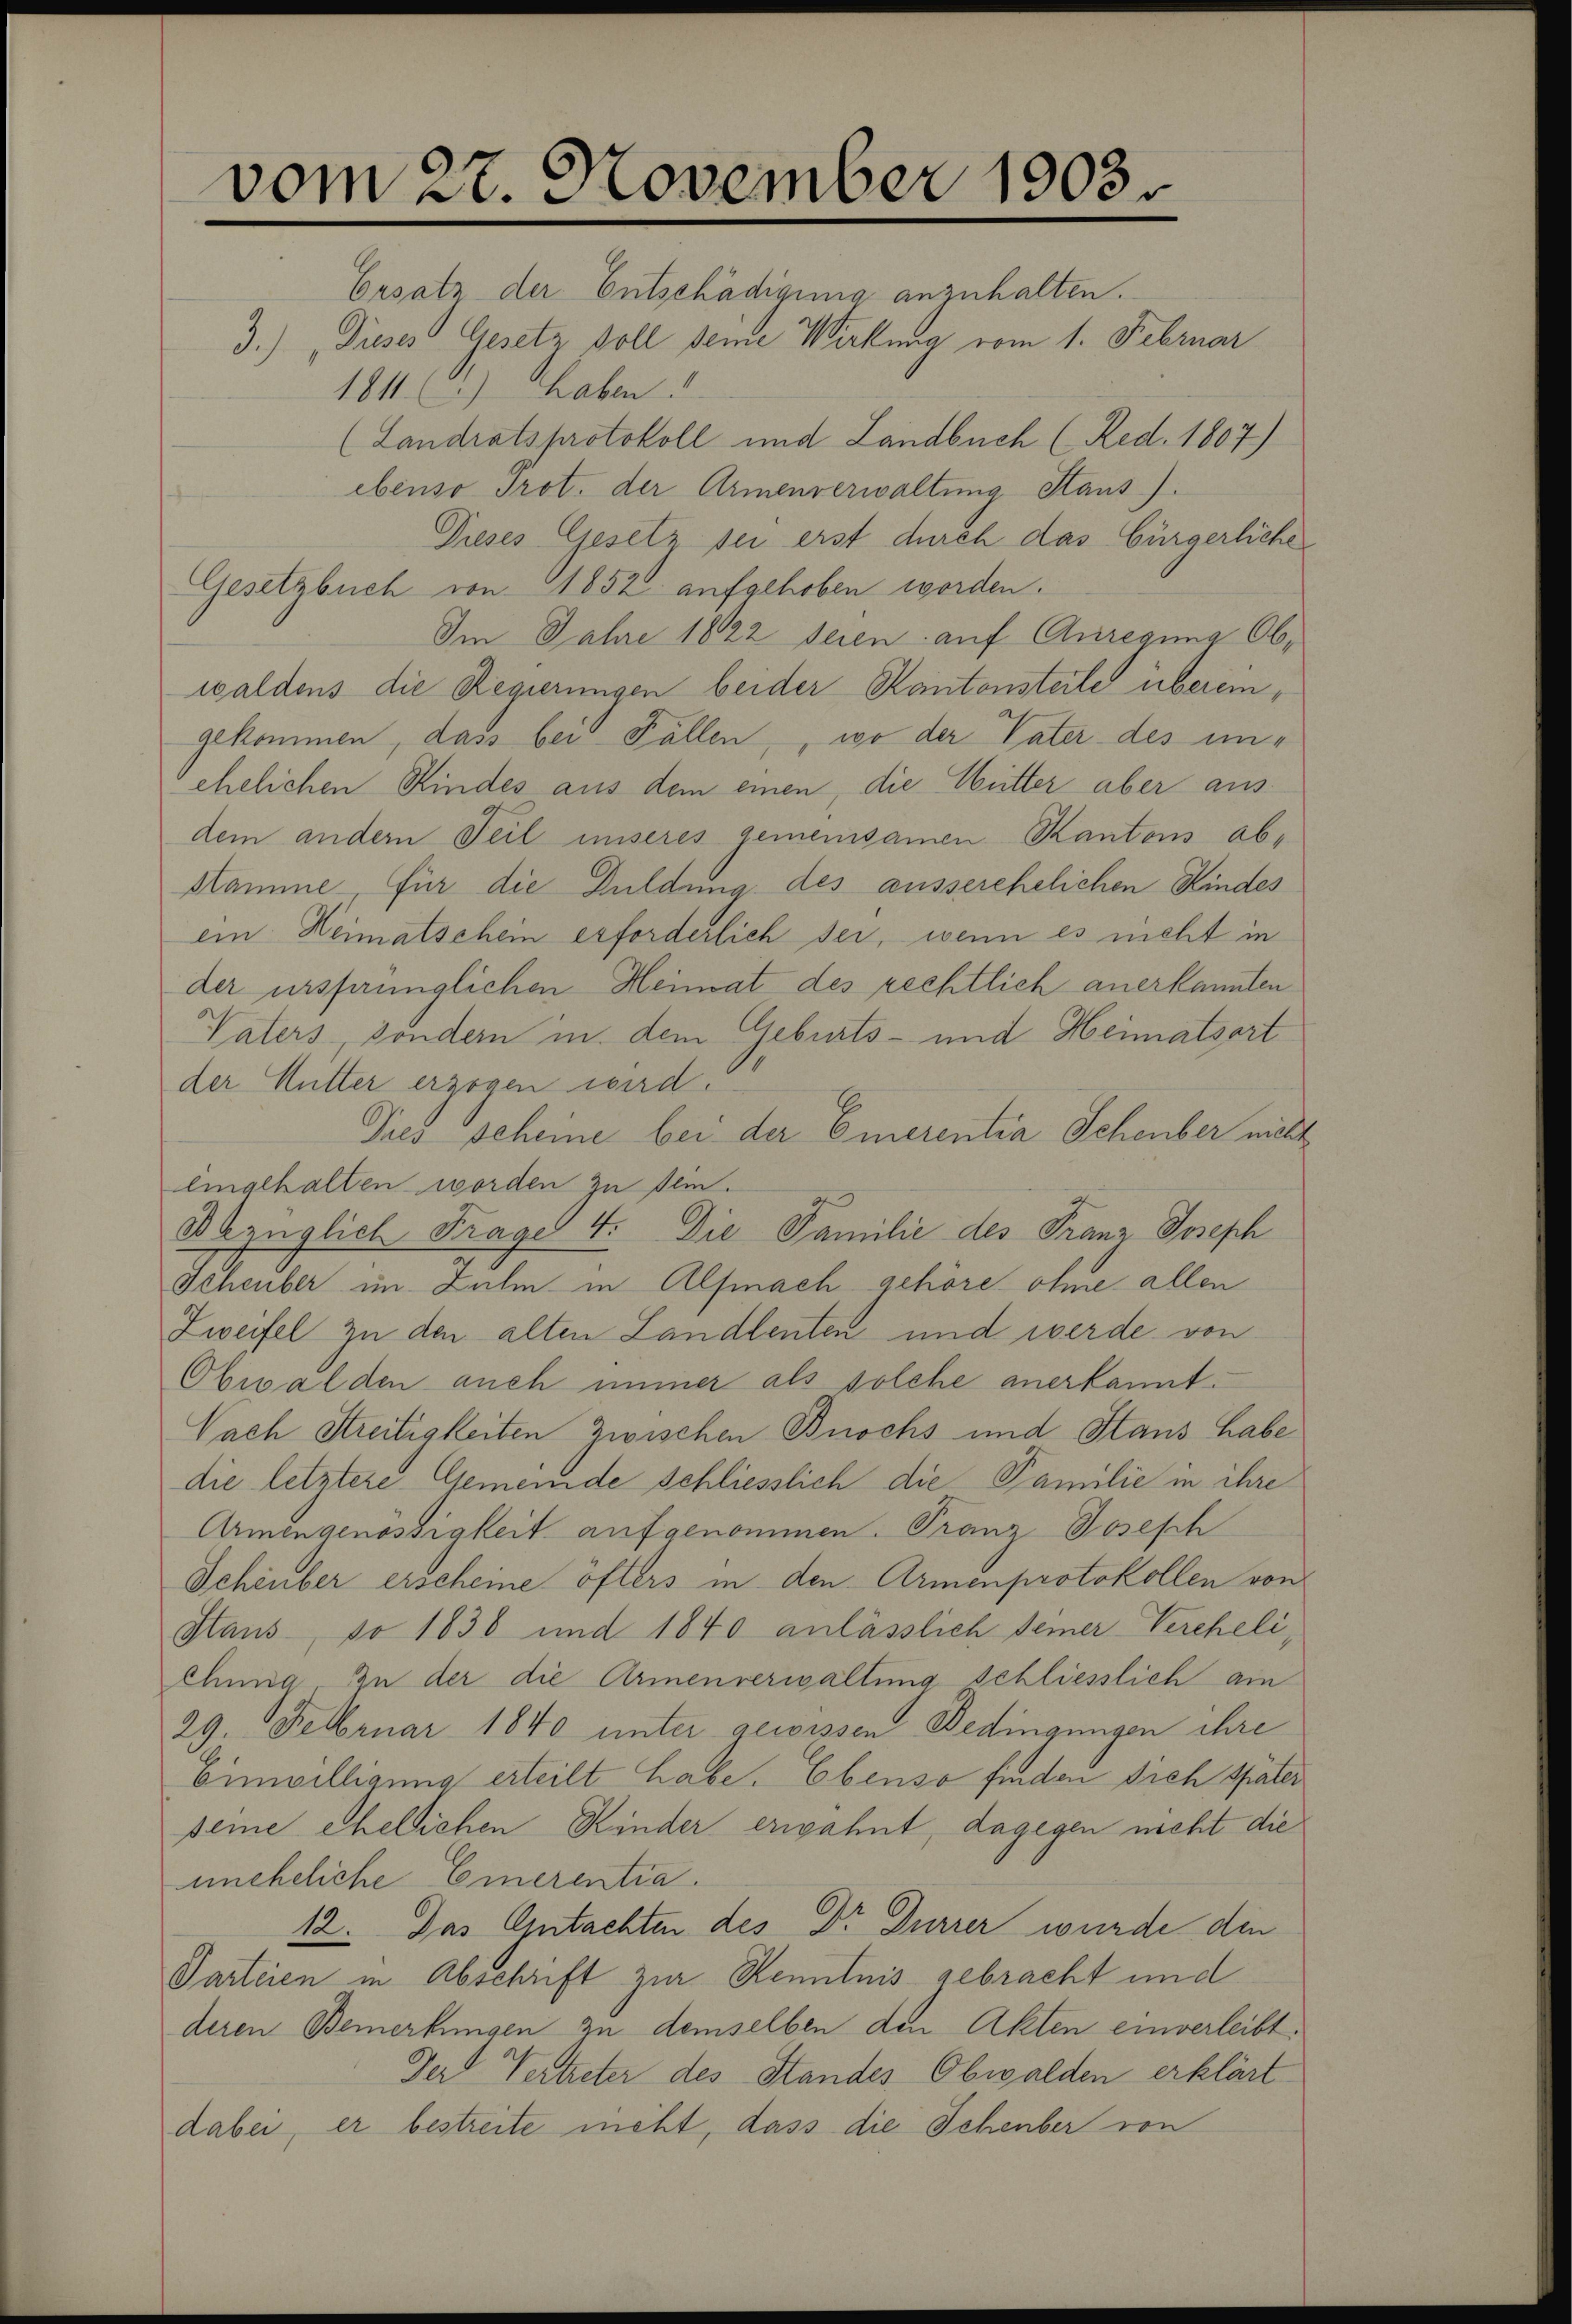
vom 27. November 1903

Ersatz der Entschädigung anzuhalten.
3.) Dieses Gesetz soll seine Wirkung vom 1. Februar
1811. (2.) Haben.
(Landratsprotokoll und Landbuch (Red. 1807)
ebenso Prot. der Armenverwaltung Staus).
Dieses Gesetz sei erst durch das bürgerliche
Gesetzbuch von 1852 aufgehoben worden.
Im Jahre 1822 seien auf Anregung Obwaldens die Regierungen beider Kantonsteile übereingekommen, dass bei Fällen, wo der Vater des unehelichen Kindes aus dem einen, die Mutter aber ausdem andern Teil unseres gemeinsamen Kantons ab¬
Stamme, für die Duldung des ausserehelichen Kindes
ein Heimatschein erforderlich sei, wenn es nicht in
der ursprünglichen Heimat des rechtlich anerkannten
Vaters, sondern in dem Geburts- und Heimatsort
der Mutter erzogen wird.
Jues scheine bei der Emerentia Schenber nicht
lingehalten worden zu sein.
Abzüglich Frage 4. Die Familie des Franz Joseph
Scheuber im Zuhm in Alfmach gehöre ohne allen
Zweifel zu den alten Landlenten und werde von
Obwalden auch immer als solche anerkannt:
Nach Streitigkeiten zwischen Buochs und Stans habe
die letztere Gemeinde schliesslich die Familie in ihre
Armengenössigkeit aufgenommen. Franz Joseph
Schenber erscheine öfters in den Armenprotokollen von
Staus, so 1836 und 1840 anlässlich seiner Vereheliehung in der die Armenverwaltung schliesslich am
29. Februar 1840 unter gewissen Bedingungen ihre
Einwilligung erteilt habe. Ebenso finden sich später
seine ehellichen Kinder erwähnt, dagegen nicht die
uneheliche Einerentra
12. Das Gutachten des Dr. Dürrer wurde die
Parteien in Abschrift zur Kenntnis gebracht und
deren Bemerkungen zu demselben den Akten einverleibt:
Der Vertreter des Standes Obwalden erklärt
dabei, er bestreite meht, dass die Schenber von